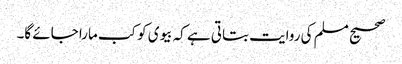
صحیح مسلم کی روایت بتاتی ہے کہ بیوی کو کب مارا جائے گا۔